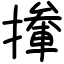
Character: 撪